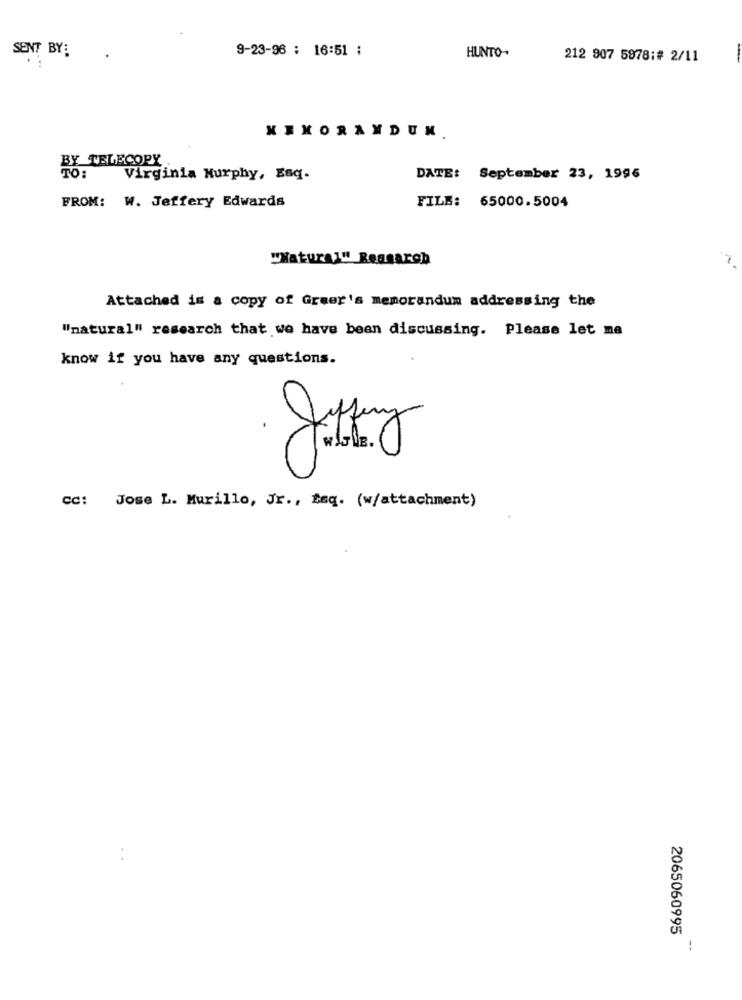
SENT BY:
9-23-96 : 16:51 ;
HUNTO-
212 907 5878:# 2/11
MEMORANDUM.
BX TELECOPY
Virginia Murphy, Esq-
DATE: September 23, 1996
FROM: W. Jeffery Edwards
FILE: 65000.5004
"Natural" Reasarch
Attached is a copy of Greer's memorandum addressing the
"natural" research that we have been discussing. Please let me
know if you have any questions.
30
Cc: Jose L. Murillo, Jr ., tsq. (w/attachment)
2065060995
!